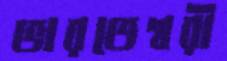
ভারতেশ্বরী